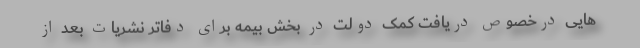
هایی درخصوص دریافت کمک دولت در بخش بیمه برای دفاتر نشریات بعد از